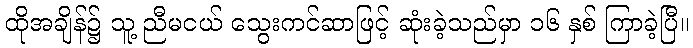
ထိုအချိန်၌ သူ့ ညီမငယ် သွေးကင်ဆာဖြင့် ဆုံးခဲ့သည်မှာ ၁၆ နှစ် ကြာခဲ့ပြီ။